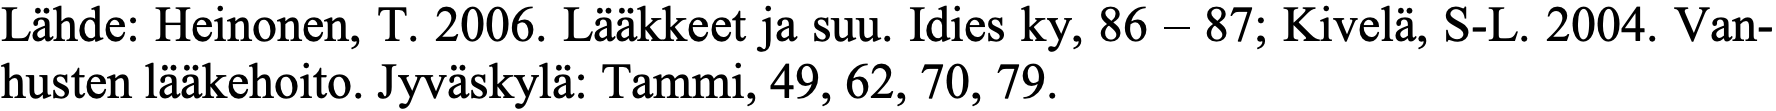
Lähde: Heinonen, T. 2006. Lääkkeet ja suu. Idies ky, 86 – 87; Kivelä, S-L. 2004. Van- husten lääkehoito. Jyväskylä: Tammi, 49, 62, 70, 79.